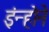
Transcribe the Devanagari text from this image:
इंन्होने